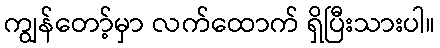
ကျွန်တော့်မှာ လက်ထောက် ရှိပြီးသားပါ။